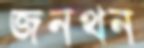
জনথন